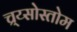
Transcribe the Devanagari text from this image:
च्र्य्सोस्तोम